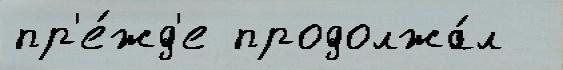
пр'е́жд'е продолжа́л